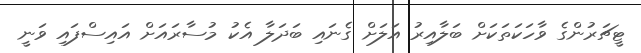
ޓީޗަރުންގެ ވާހަކަތަކަށް ބަލާއިރު އަލަށް ގެނައި ބަދަލާ އެކު މުސާރައަށް އައިސްފައި ވަނީ